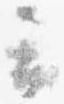
云